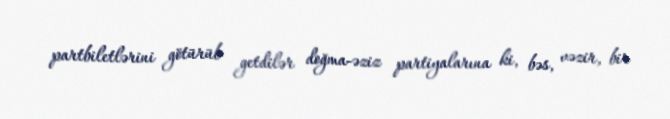
partbiletlərini götürüb getdilər doğma-əziz partiyalarına ki, bəs, vəzir, bir